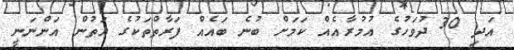
އަދި 30 ދުވަހުގެ އުމުރާއެއް ކަމަށް ބުނެ ބައެއް ފަރާތްތަކުގެ އަތުން އަންނަނީ